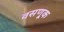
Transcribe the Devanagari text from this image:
वसणूक